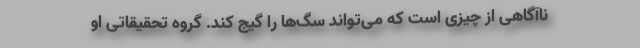
ناآگاهی از چیزی است که می‌تواند سگ‌ها را گیج کند. گروه تحقیقاتی او